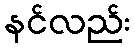
နင်လည်း